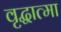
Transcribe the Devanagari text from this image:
वृद्धात्मा